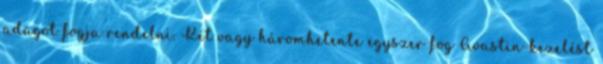
adagot fogja rendelni. Két vagy háromhetente egyszer fog Avastin-kezelést